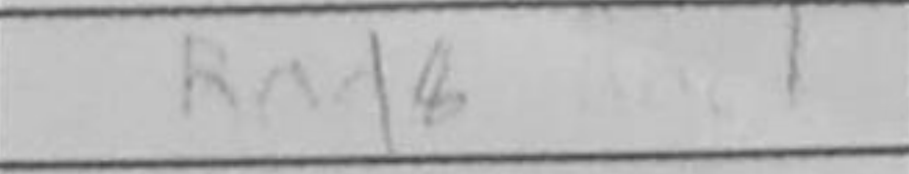
Transcription: Rd8